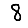
Digit: 8